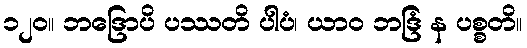
၁၂၀။ ဘဒြောပိ ပဿတိ ပါပံ၊ ယာဝ ဘဒြံ န ပစ္စတိ။